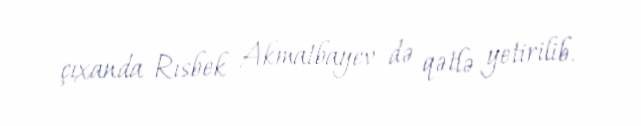
çıxanda Rısbek Akmatbayev də qətlə yetirilib.